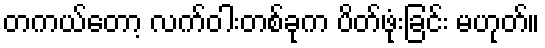
တကယ်တော့ လက်ဝါးတစ်ခုက ပိတ်ဖုံးခြင်း မဟုတ်။